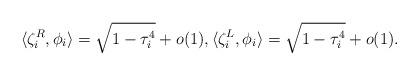
LaTeX: \begin{align*} \langle \zeta_i^R, \phi_i \rangle=\sqrt{1 - \tau_i^4} + o(1), \langle \zeta_i^L, \phi_i \rangle = \sqrt{1 - \tau_i^4} + o(1).\end{align*}